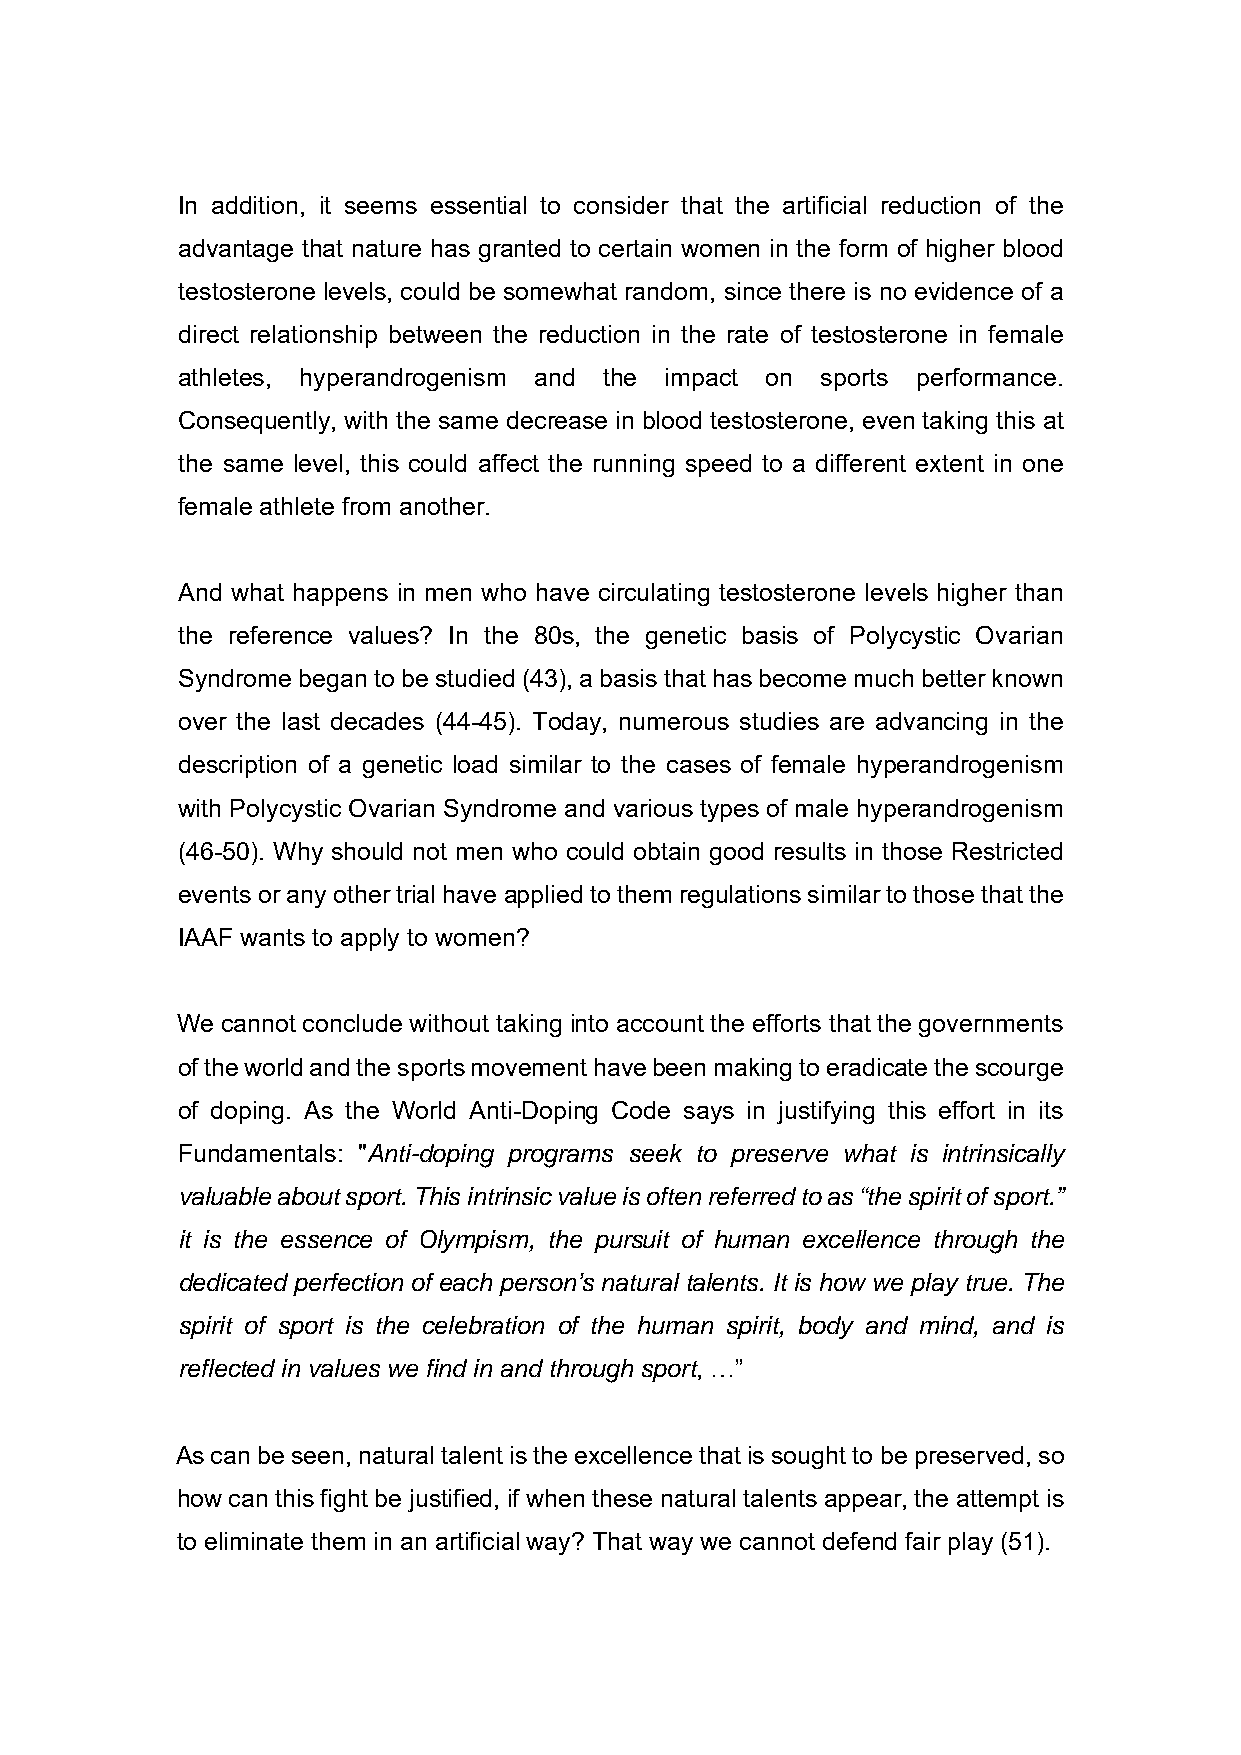
In addition, it seems essential to consider that the artificial reduction of the
 advantage that nature has granted to certain women in the form of higher blood
 testosterone levels, could be somewhat random, since there is no evidence of a
 direct relationship between the reduction in the rate of testosterone in female
 athletes, hyperandrogenism and the impact on sports performance.
 Consequently, with the same decrease in blood testosterone, even taking this at
 the same level, this could affect the running speed to a different extent in one
 female athlete from another.
 And what happens in men who have circulating testosterone levels higher than
 the reference values? In the 80s, the genetic basis of Polycystic Ovarian
 Syndrome began to be studied (43), a basis that has become much better known
 over the last decades (44-45). Today, numerous studies are advancing in the
 description of a genetic load similar to the cases of female hyperandrogenism
 with Polycystic Ovarian Syndrome and various types of male hyperandrogenism
 (46-50). Why should not men who could obtain good results in those Restricted
 events or any other trial have applied to them regulations similar to those that the
 IAAF wants to apply to women?
 We cannot conclude without taking into account the efforts that the governments
 of the world and the sports movement have been making to eradicate the scourge
 of doping. As the World Anti-Doping Code says in justifying this effort in its
 Fundamentals: "Anti-doping programs seek to preserve what is intrinsically
 valuable about sport. This intrinsic value is often referred to as “the spirit of sport.”
 it is the essence of Olympism, the pursuit of human excellence through the
 dedicated perfection of each person’s natural talents. It is how we play true. The
 spirit of sport is the celebration of the human spirit, body and mind, and is
 reflected in values we find in and through sport, …”
 As can be seen, natural talent is the excellence that is sought to be preserved, so
 how can this fight be justified, if when these natural talents appear, the attempt is
 to eliminate them in an artificial way? That way we cannot defend fair play (51).